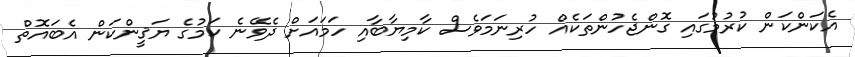
އެކަންކަން ކުރުމުގައި ގޮންޖެހުންތަކެއް ހުރިނަމަވެސް ކާމިޔާބާއި ހަމައަށް ދެވޭނެ ކަމުގެ ޔަޤީންކަން އެބައޮތް